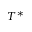
T ^ { * }